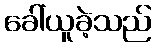
ခေါ်ယူခဲ့သည်